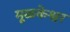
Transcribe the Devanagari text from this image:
मूळकेश्वर